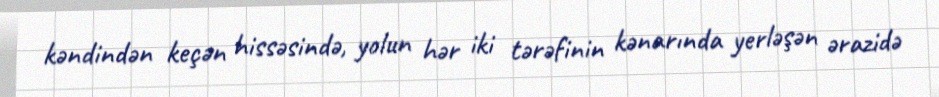
kəndindən keçən hissəsində, yolun hər iki tərəfinin kənarında yerləşən ərazidə